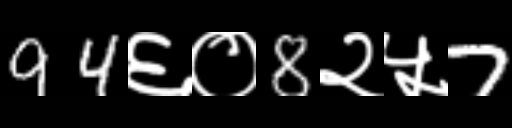
Text: 94६०8२५7